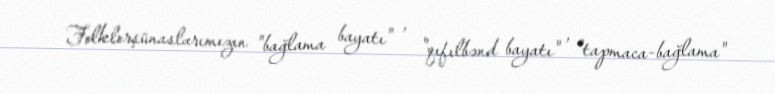
Folklorşünaslarımızın "bağlama bayatı" , "qıfılbənd bayatı" , "tapmaca-bağlama"